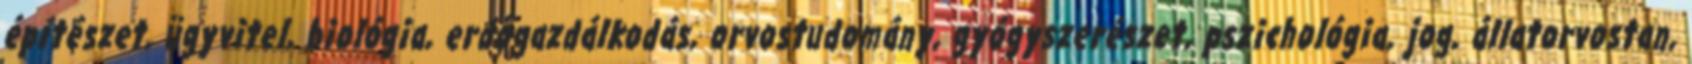
építészet, ügyvitel, biológia, erdőgazdálkodás, orvostudomány, gyógyszerészet, pszichológia, jog, állatorvostan,